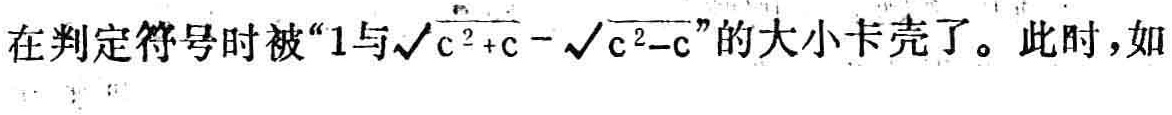
在判定符号时被“$1$与$\sqrt{c^{2}+c}-\sqrt{c^{2}-c}$”的大小卡壳了。此时，如